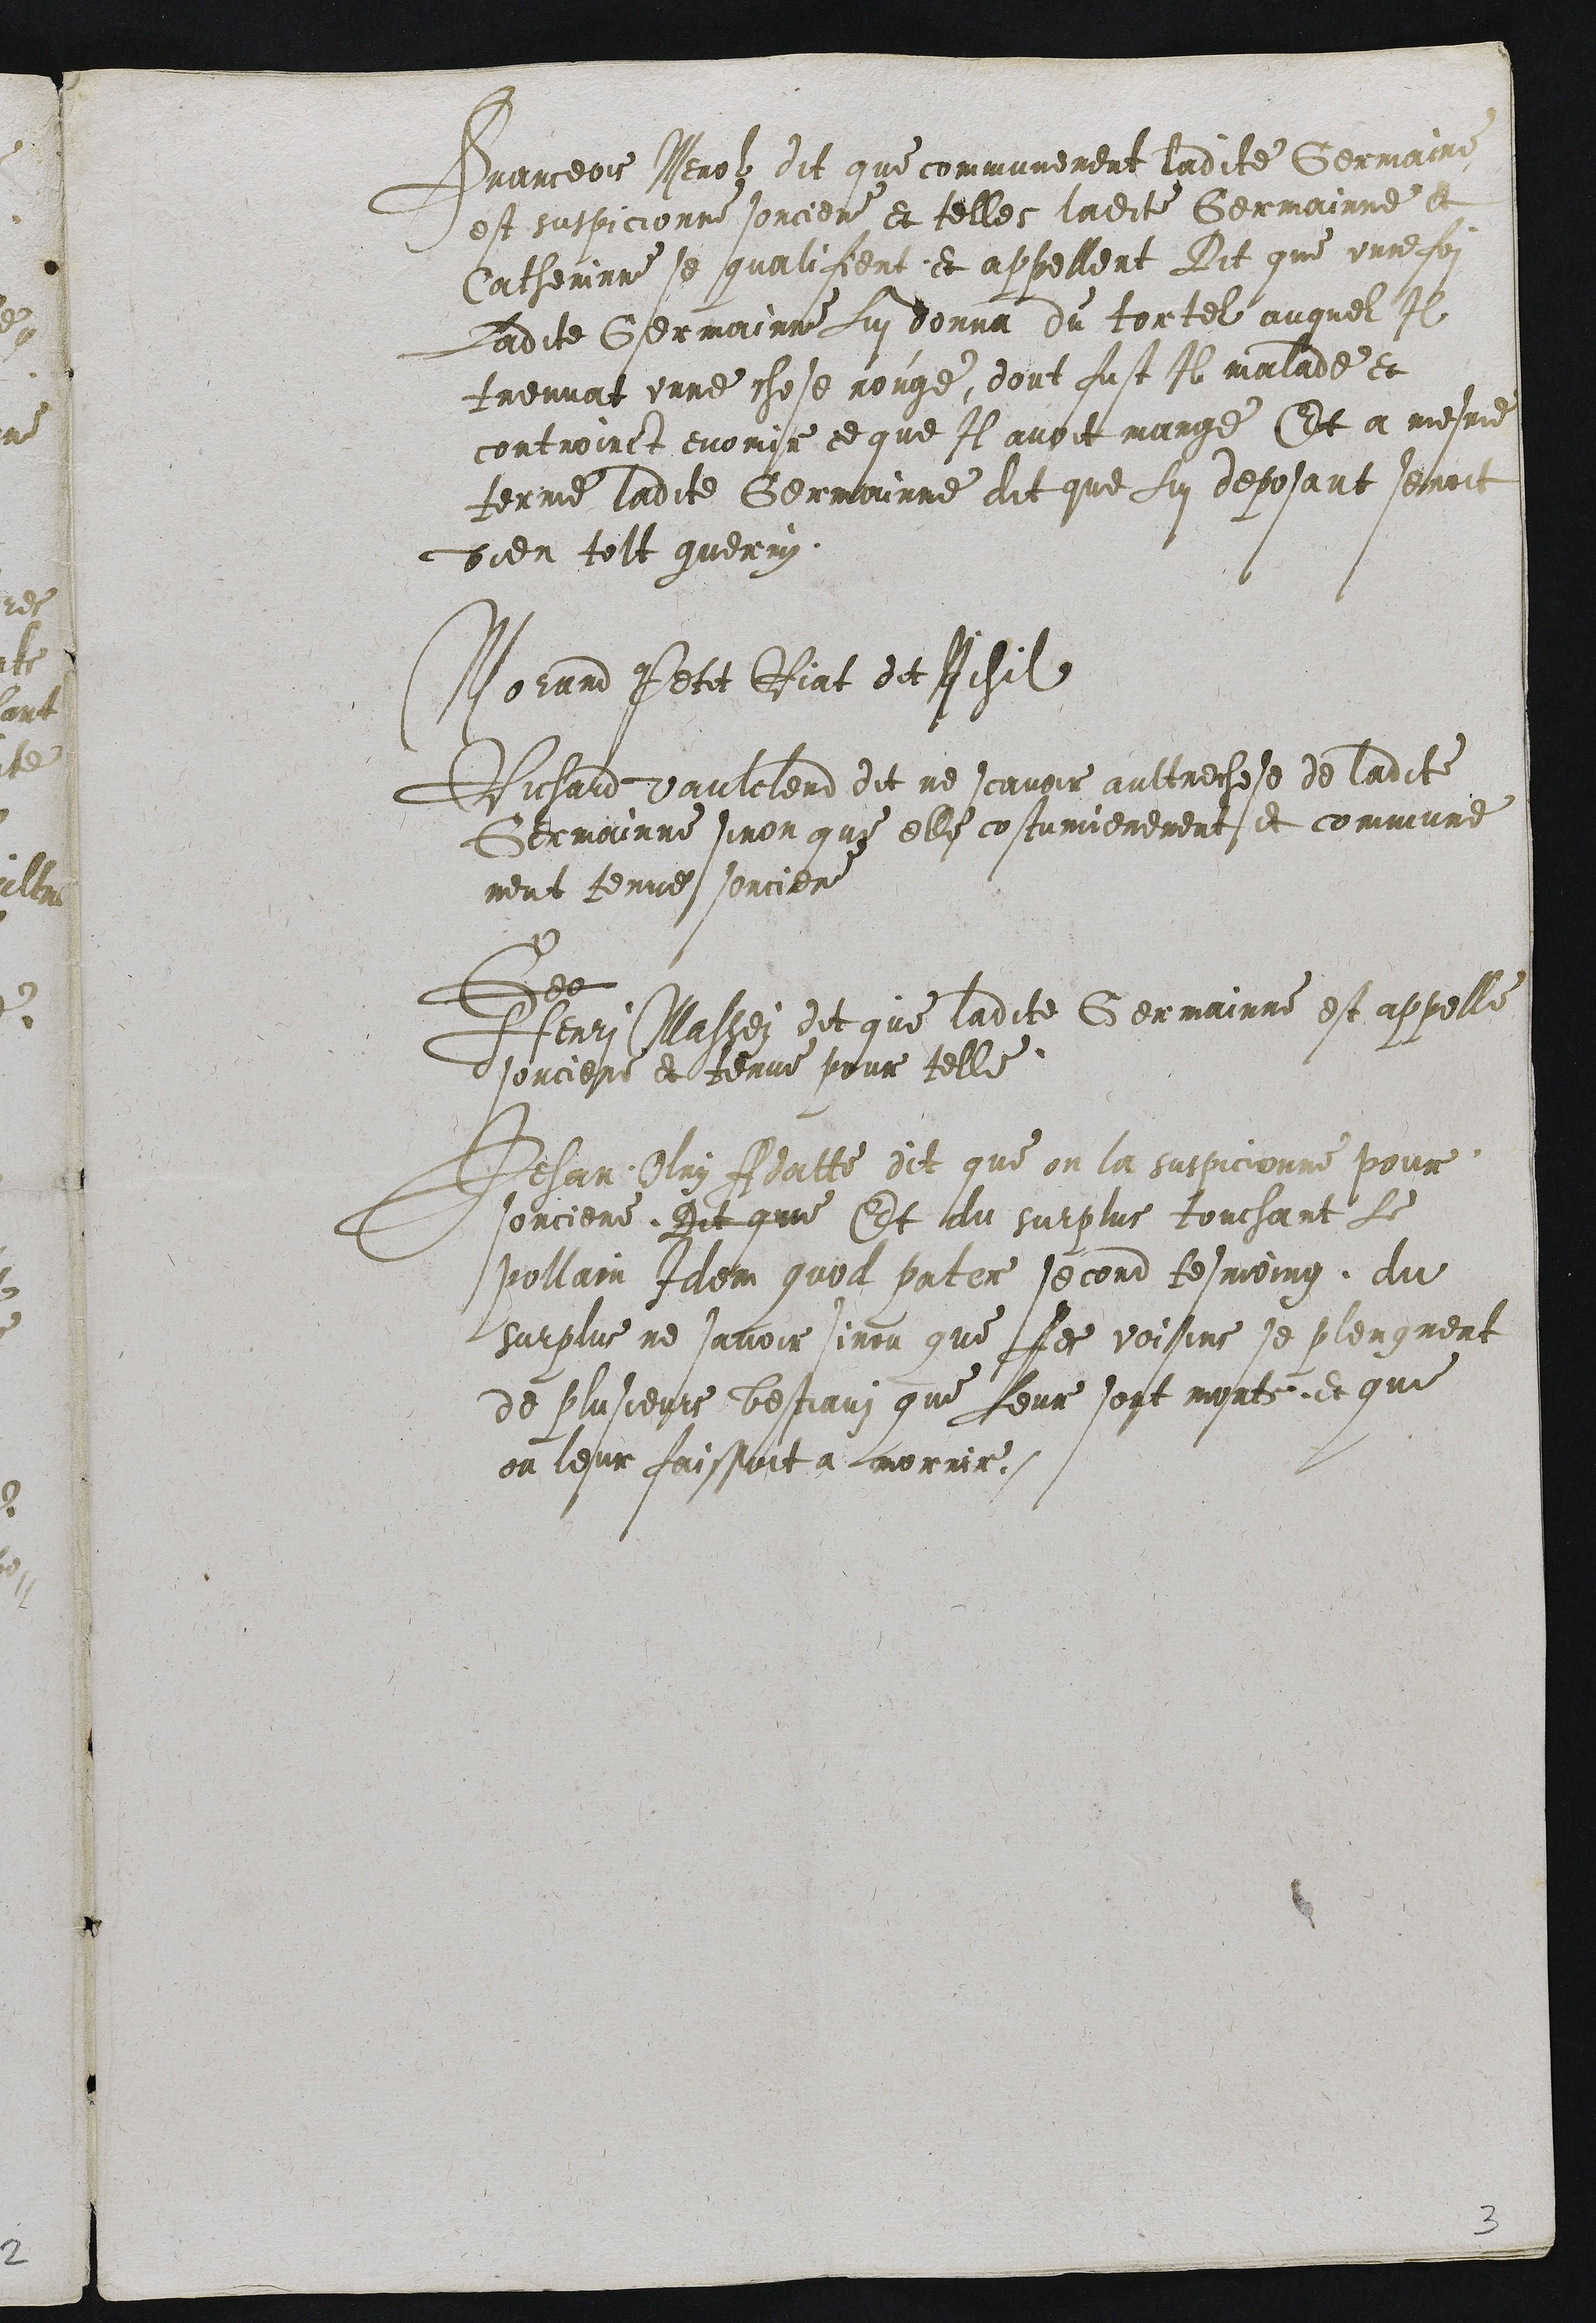
Pranceois Nerolz dit que communement ladite Germaine
est suspicionne sorciere et telles ladite Germainne et
Catherinne se qualifient et appellent Dit que unne foi
Ladite Germainne Lui donna du tortel auquel Il
treuvat unne chose rouge, dont fust Il malade et
controint enoiir ce que Il avoit mange Et a mesme
terme ladite Germainne dit que Lui deposant senroit
dien tolt guerin.

Norand Petit Riat dit Nisil
Richard vaulclerd dit ne scavoir aultrechese de ladite
Germainne sinon que elle costumienement et commune
ment tenue sorcier
Be
Henri Massei dit que ladite Germainne est appelle
d sorciere et tenue pour telle
Jehan Olry Adatte dit que on la suspicionne pour
sorciere. Dit que Et du surplus touchant Le
pollain Idem quoil pater second tesmoing du
surplus ne savoir sinon que Jes voisins se plengnent
de plusieurs bestiauz que Leur sont morts et que
on leur faissoit a lvorrir.

2